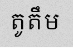
តូតឹម